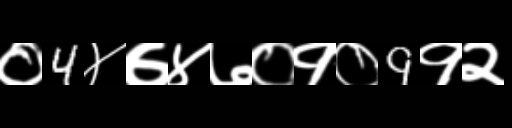
Text: ०4४७४७०१०9१२